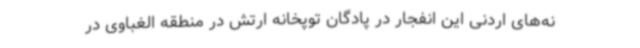
نه‌های اردنی این انفجار در پادگان توپخانه ارتش در منطقه الغباوی در